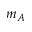
m _ { A }